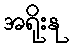
အရိုးနု